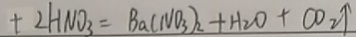
+ 2 H N O _ { 3 } = B a ( N O _ { 3 } ) _ { 2 } + H _ { 2 } O + C O _ { 2 } \uparrow